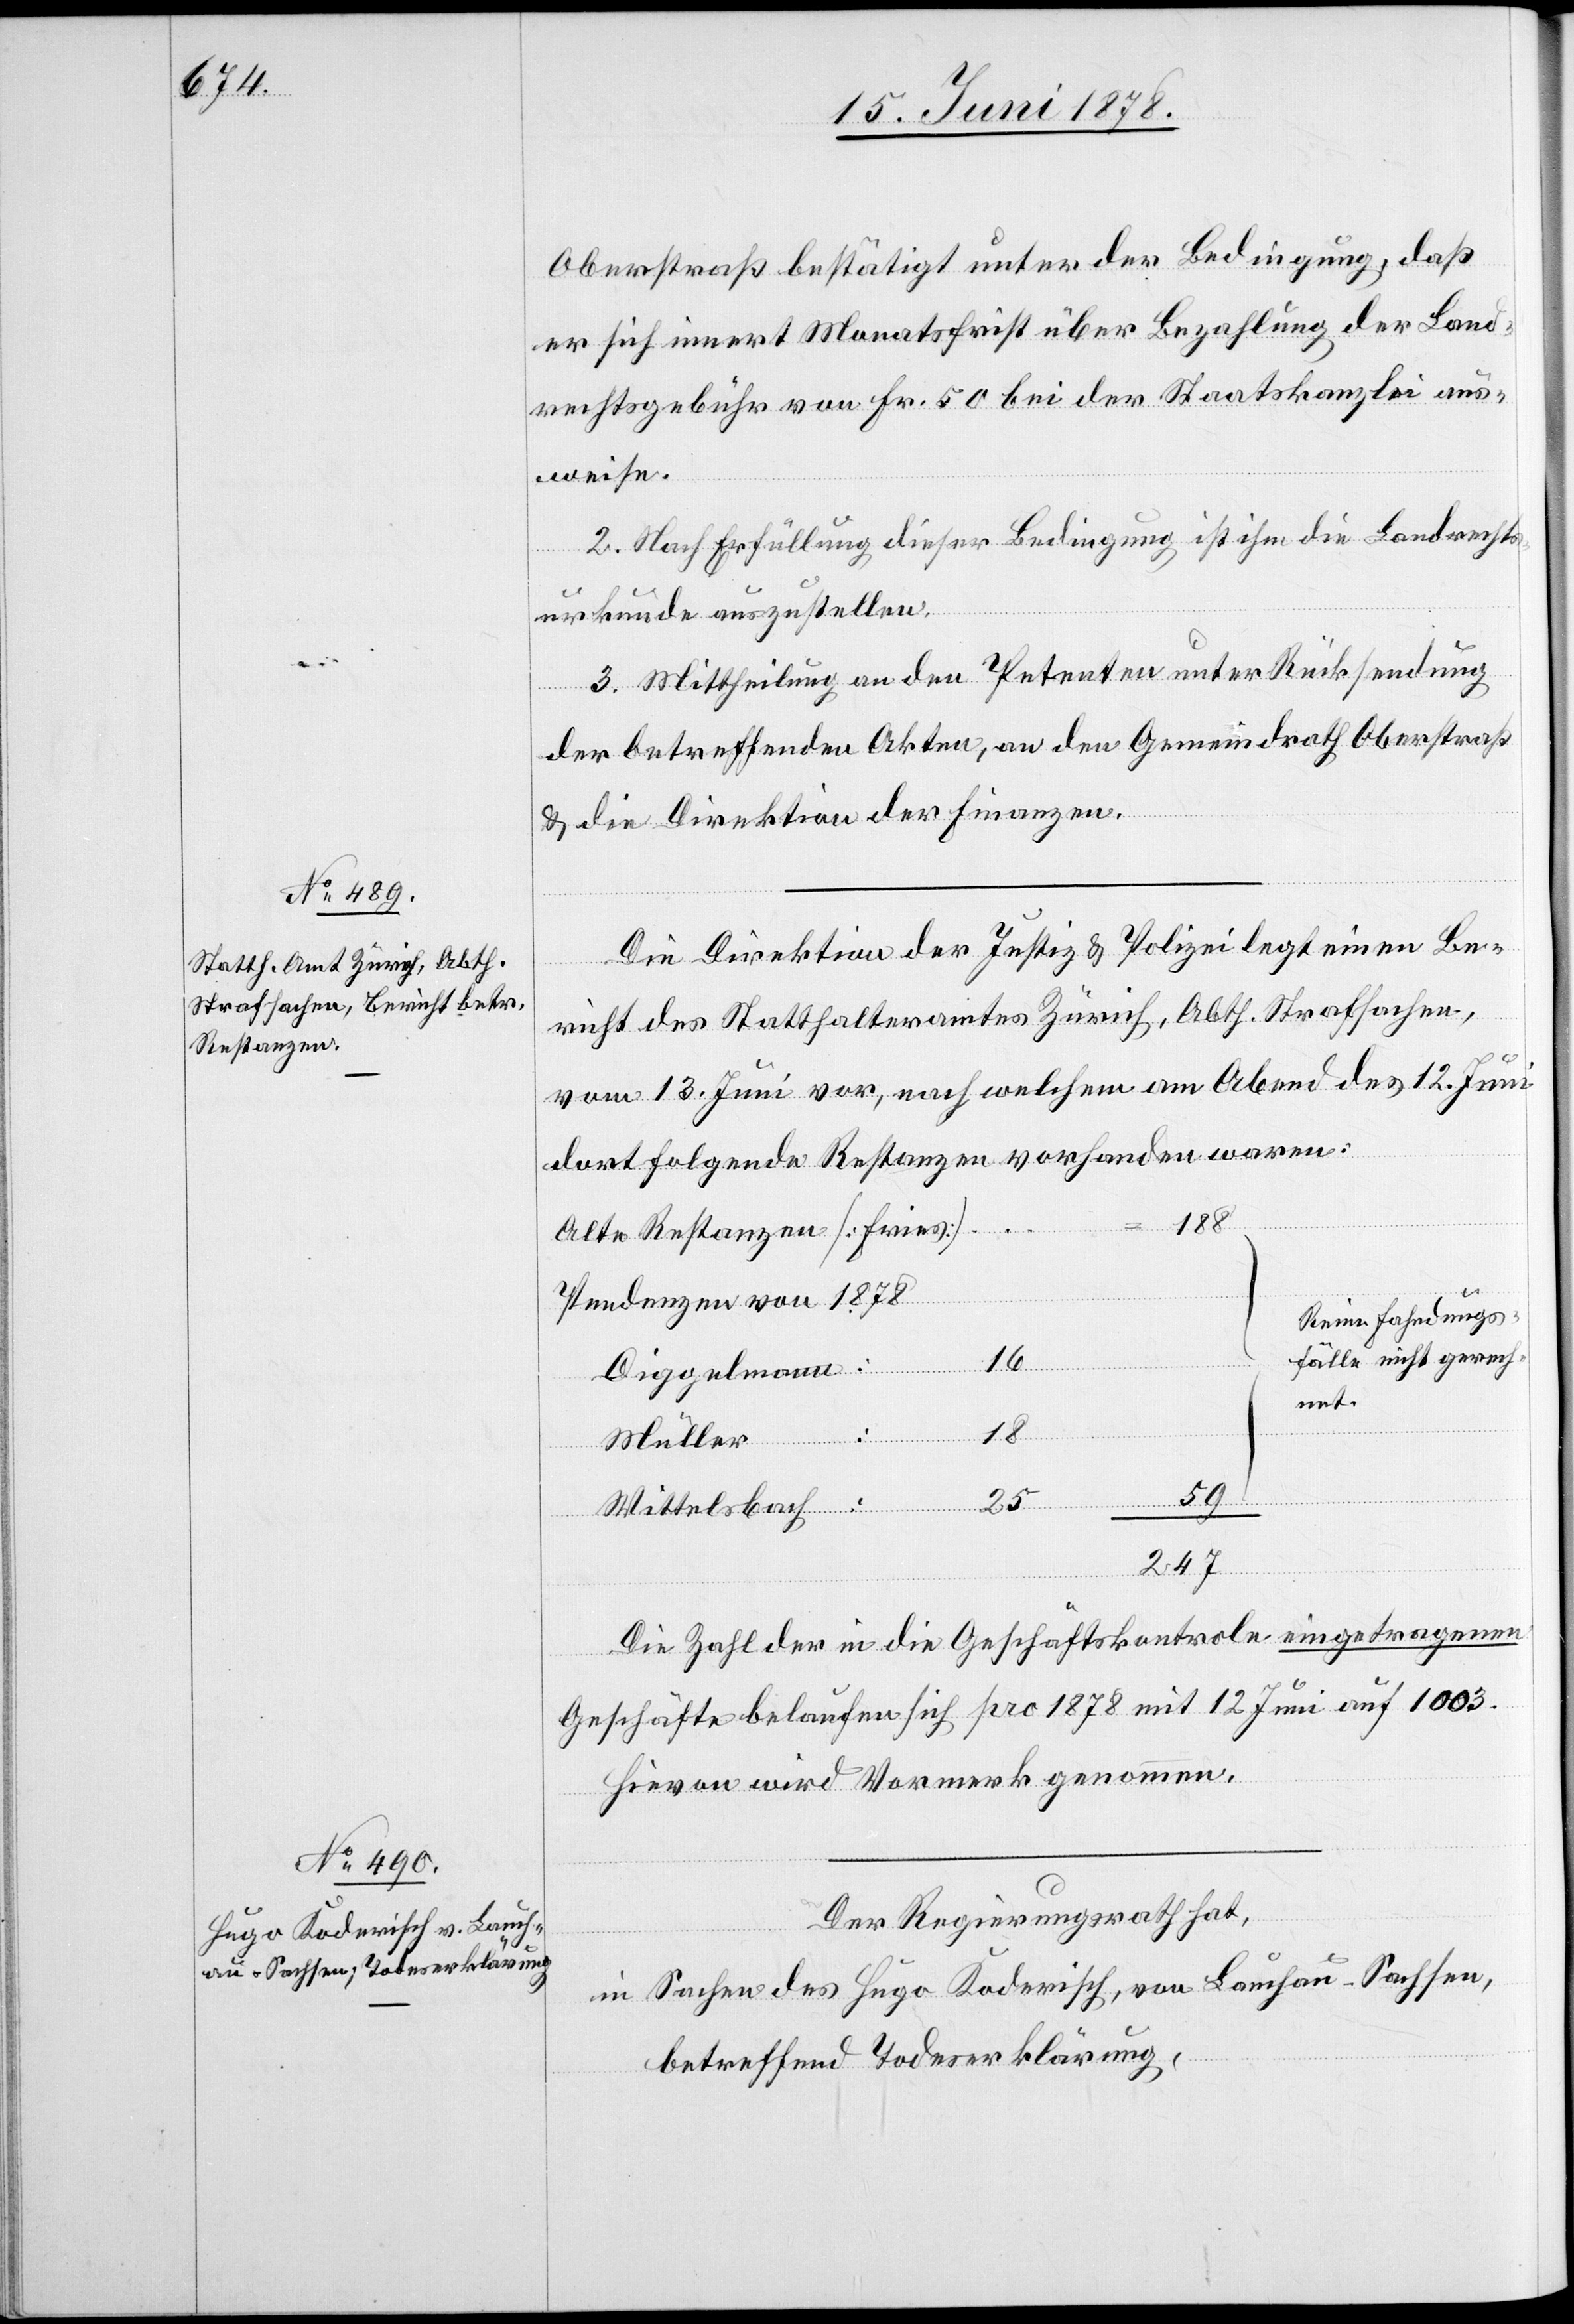
Oberstraß bestätigt unter der Bedingung, daß
er sich innert Monatsfrist über Bezahlung der Land¬
rechtsgebühr von Fr. 50 bei der Staatskanzlei aus¬
weise.
2. Nach Erfüllung dieser Bedingung ist ihm die Landrechts¬
urkunde auszustellen.
3. Mittheilung an den Petenten unter Rücksendung
der betreffenden Akten, an den Gemeindrath Oberstraß
& die Direktion der Finanzen.
Die Direktion der Justiz & Polizei legt einen Be¬
richt des Statthalteramtes Zürich, Abth. Strafsachen,
vom 13. Juni vor, nach welchem am Abend des 12. Juni
dort folgende Restanzen vorhanden waren:
188
Alte Restanzen [Fries]
Pendenzen von 1878
Reine Fahndungs¬
fälle nicht gerech¬
59
16
Diggelmann:
net.
18
25
Müller:
Wittelsbach:
247
Die Zahl der in die Geschäftskontrole eingetragenen
Geschäfte belaufen [sic!] sich pro 1878 mit 12. Juni auf 1003.
Hievon wird Vormerk genommen.
Der Regierungsrath hat,
in Sachen des Hugo Koderisch, von Lauchau - Sachsen,
betreffend Todeserklärung